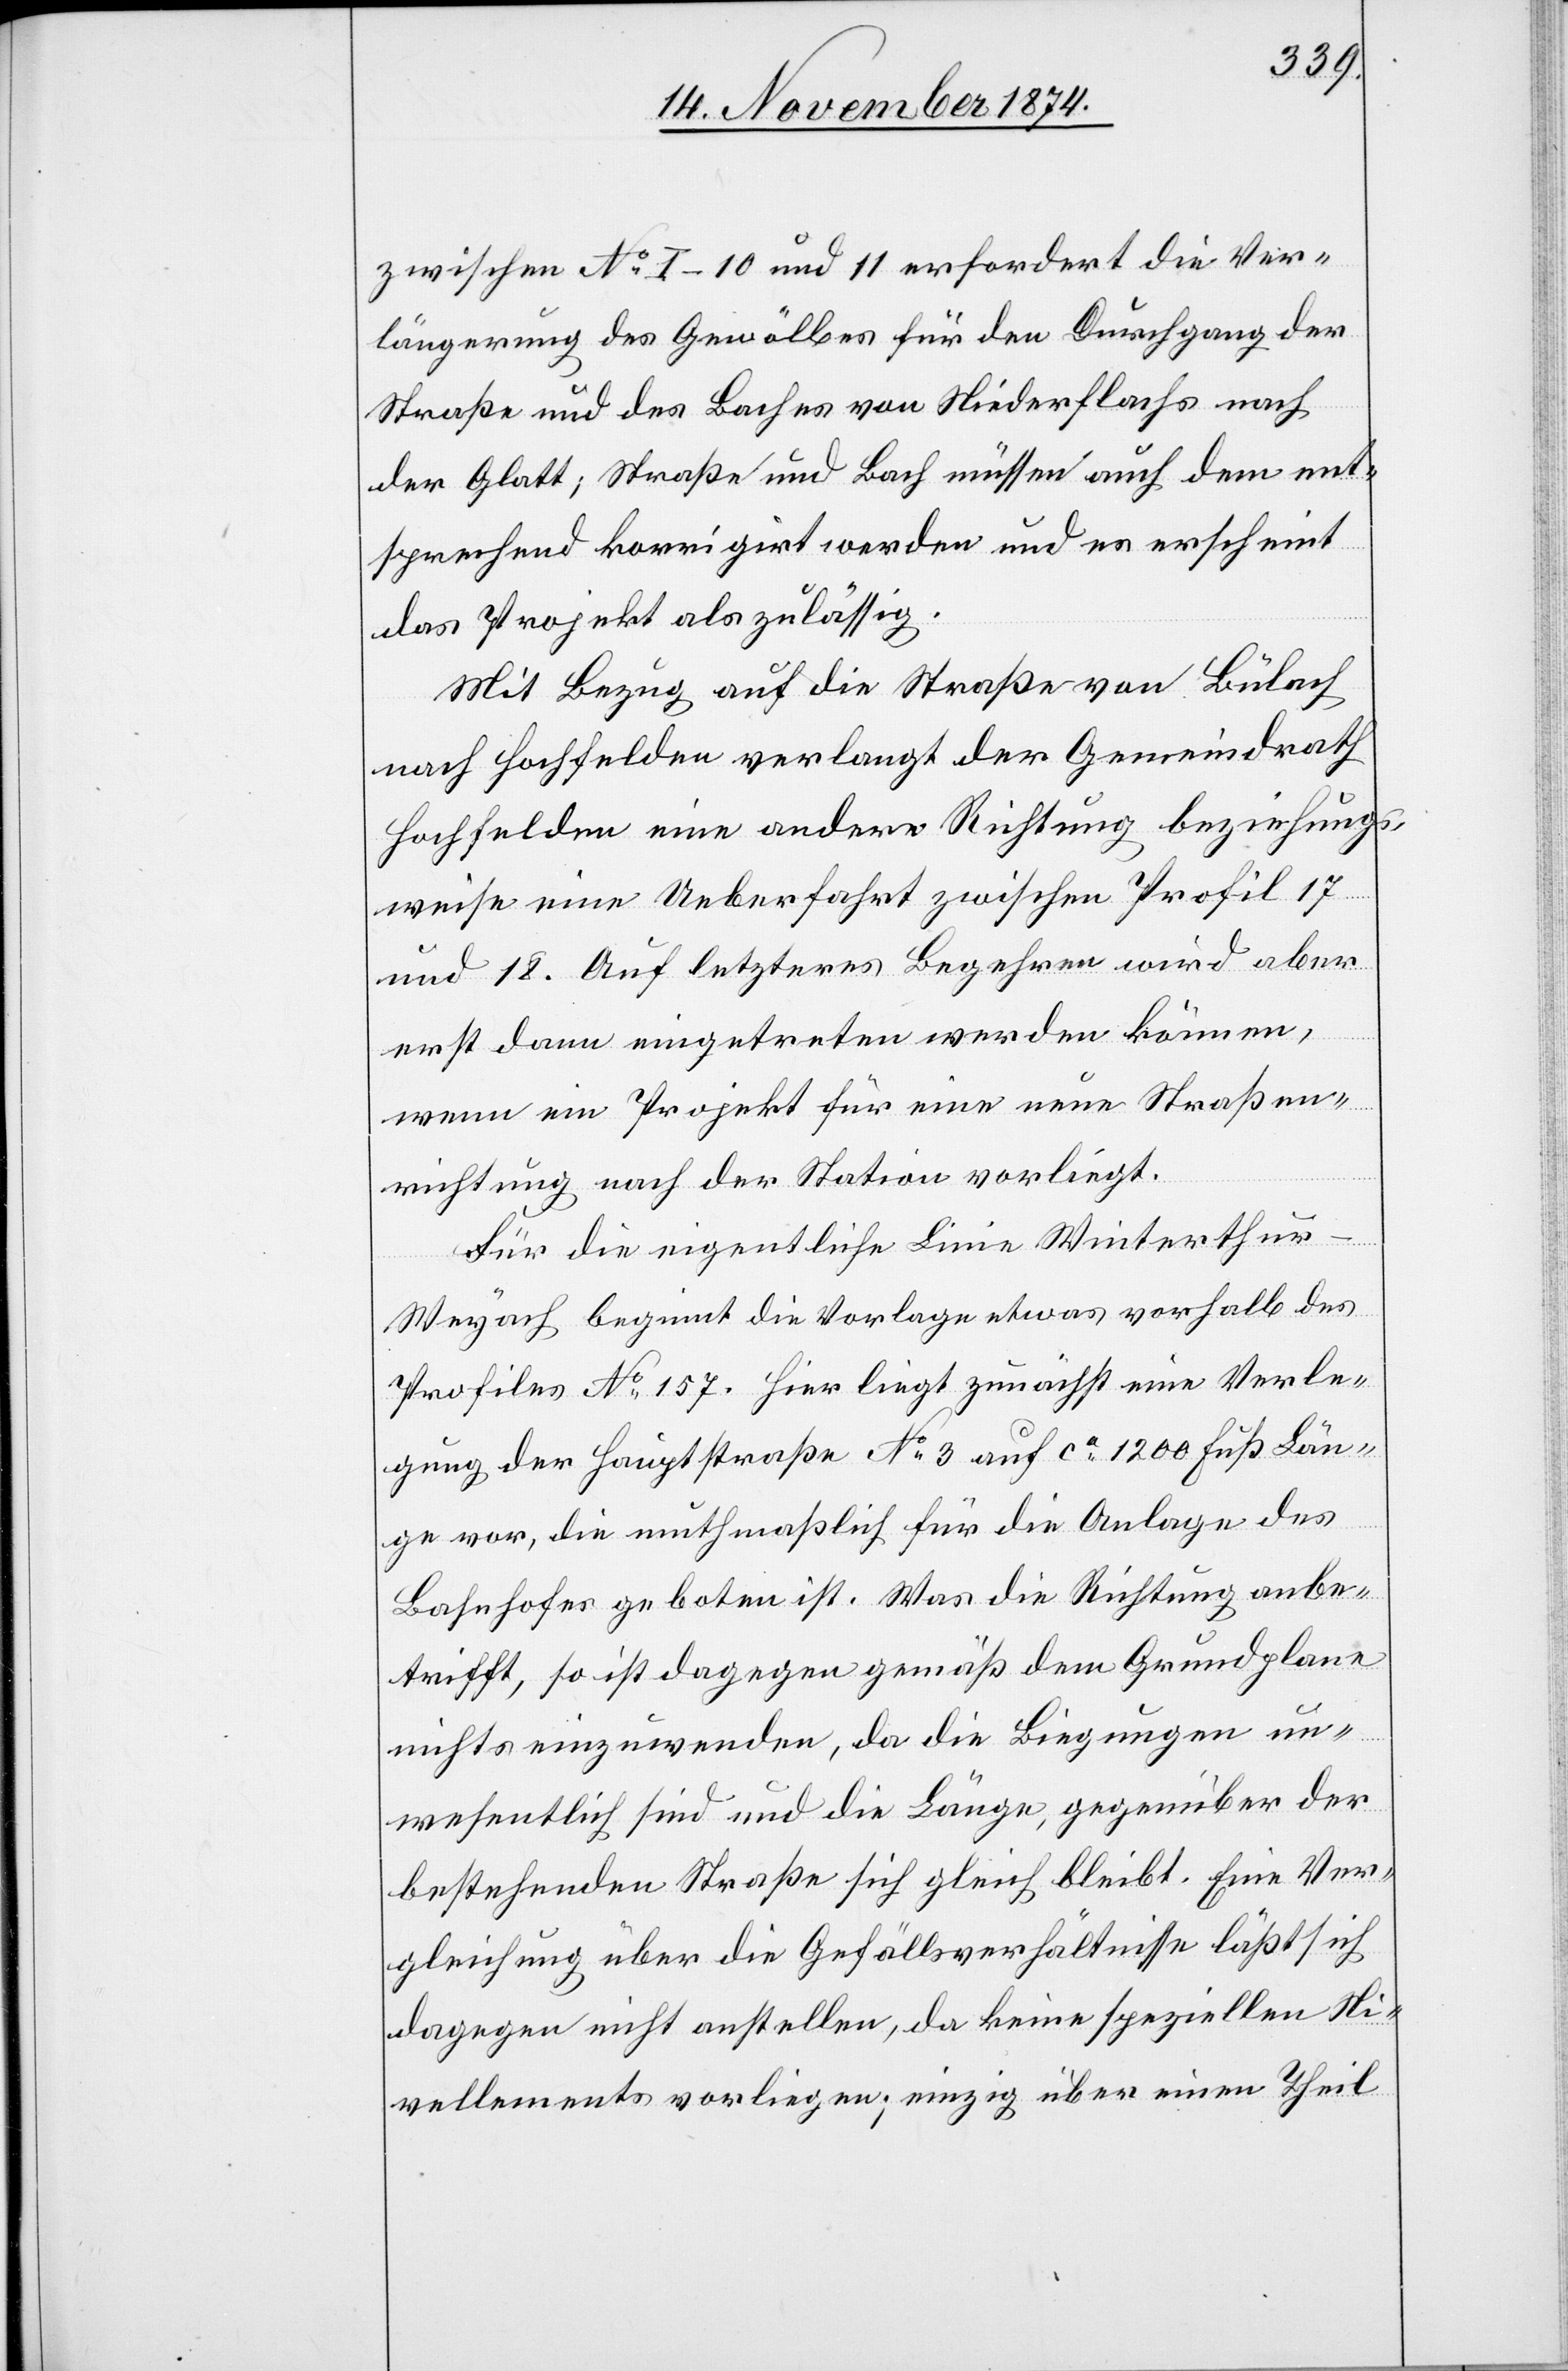
zwischen No 1–10 und 11 erfordert die Ver¬
längerung des Gewölbes für den Durchgang der
Straße und des Baches von Niederflachs nach
der Glatt; Straße und Bach müssen auch dem ent¬
sprechend korrigirt werden und es erscheint
das Projekt als zulässig.
Mit Bezug auf die Straße von Bülach
nach Hochfelden verlangt der Gemeindrath
Hochfelden eine andere Richtung beziehung¬
sweise eine Ueberfahrt zwischen Profil 17
und 18. Auf letzteres Begehren wird aber
erst dann eingetreten werden können,
wenn ein Projekt für eine neue Straßen¬
richtung nach der Station vorliegt.
Für die eigentliche Linie Winterthur–W¬
eyach beginnt die Vorlage etwas vorhalb des
Profiles No 157. Hier liegt zunächst eine Verle¬
gung der Hauptstraße No 3 auf ca 1200 Fuß Län¬
ge vor, die muthmaßlich für die Anlage des
Bahnhofes geboten ist. Was die Richtung anbe¬
trifft, so ist dagegen gemäß dem Grundplane
nichts einzuwenden, da die Biegungen un¬
wesentlich sind und die Länge, gegenüber der
bestehenden Straße sich gleich bleibt. Eine Ver¬
gleichung über die Gefällsverhältnisse läßt sich
dagegen nicht anstellen, da keine speziellen Ni¬
vellements vorliegen; einzig über einen Theil